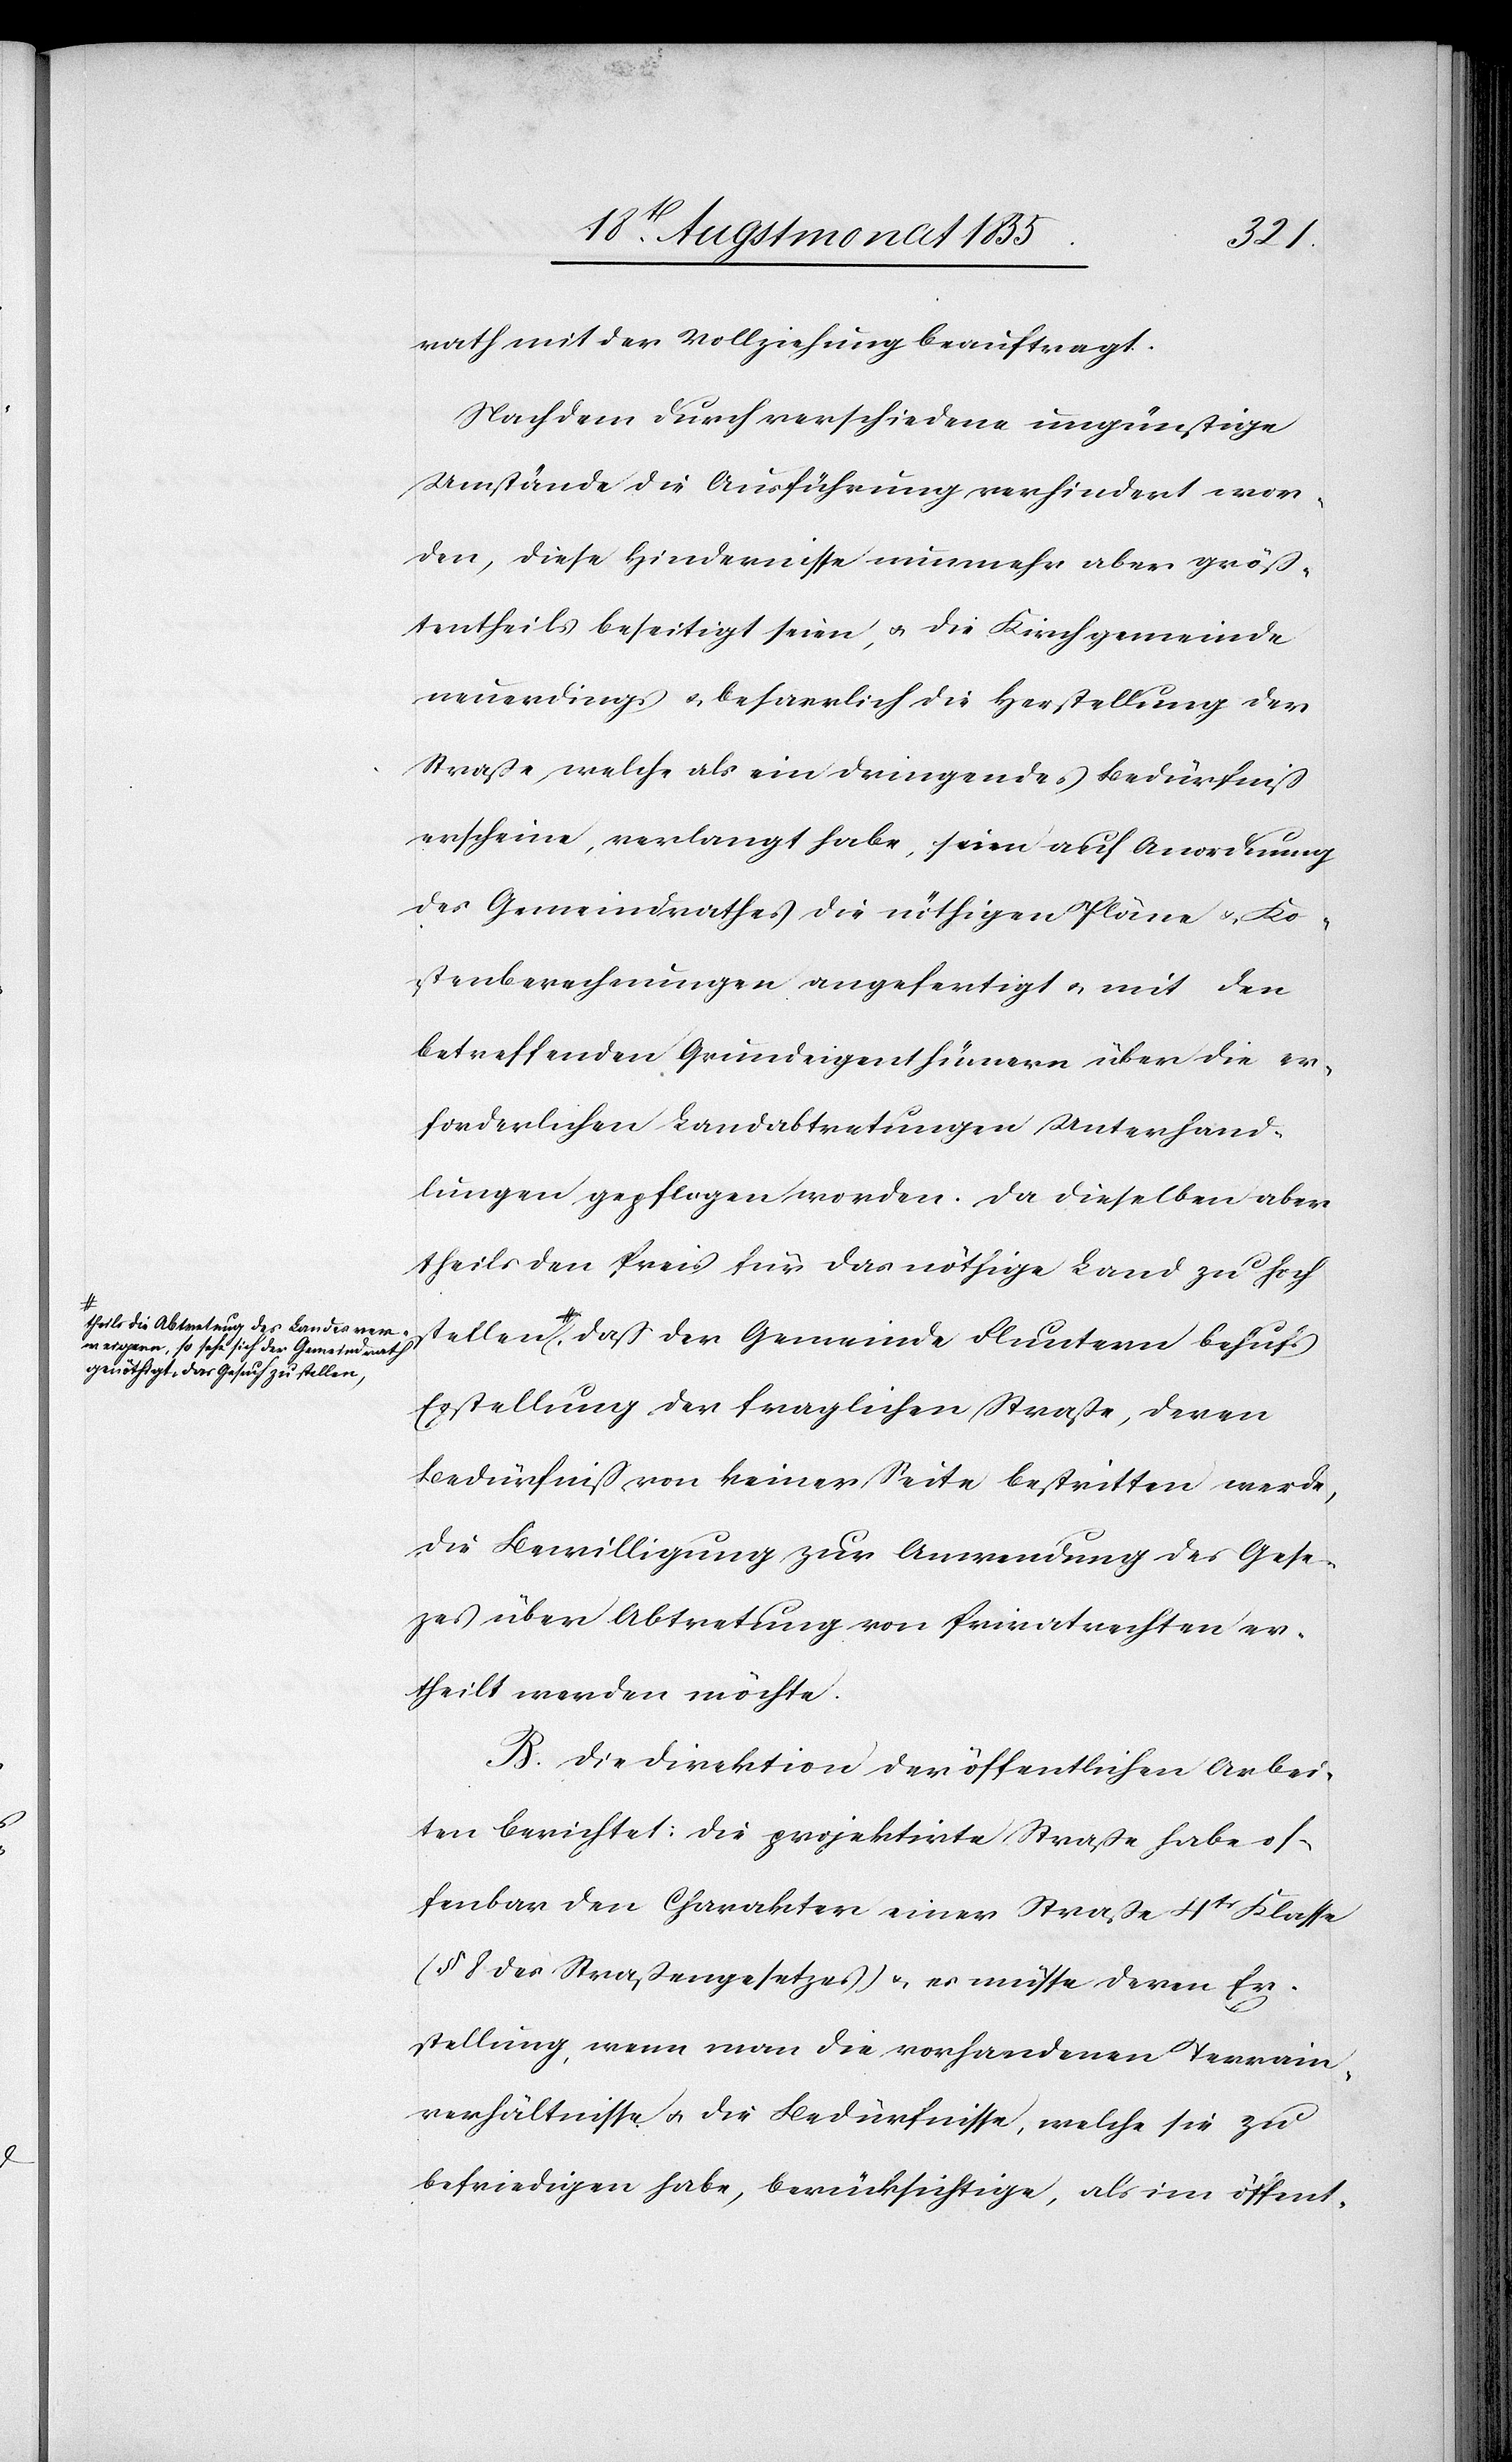
a-theils die Abtretung des Landes ver¬
weigern, so sehe sich der Gemeindrath
genöthigt, das Gesuch zu stellen-a,

der
rath mit der Vollziehung beauftragt.
Nachdem durch verschiedene ungünstige
Umstände die Ausführung verhindert wor¬
den, diese Hindernisse nunmehr aber größ¬
tentheils beseitigt seien, & die Kirchgemeinde
neuerdings & beharrlich die Herstellung der
Straße, welche als ein dringendes Bedürfniß
erscheine, verlangt habe, seien auf Anordnung
des Gemeindrathes die nöthigen Pläne & Ko¬
stenberechnungen angefertigt & mit den
betreffenden Grundeigenthümern über die er¬
forderlichen Landabtretungen Unterhand¬
lungen gepflogen worden. Da dieselben aber
theils den Preis für das nöthige Land zu hoch
Erstellung der fraglichen Straße, deren
Bedürfniß von keiner Seite bestritten werde,
die Bewilligung zur Anwendung des Geset¬
zes über Abtretung von Privatrechten er¬
theilt werden möchte.
B. Die Direktion der öffentlichen Arbei¬
ten berichtet: Die projektirte Straße habe of¬
fenbar den Charakter einer Straße 4tr Klasse
(§ 8 des Straßengesetzes) & es müsse deren Er¬
stellung, wenn man die vorhandenen Terrain¬
verhältnisse & die Bedürfnisse, welche sie zu
befriedigen habe, berücksichtige, als im öffent-